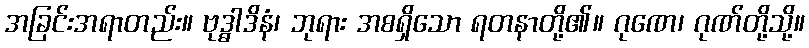
အခြင်းအရာတည်း။ ဗုဒ္ဓါဒိနံ၊ ဘုရား အစရှိသော ရတနာတို့၏။ ဂုဏေ၊ ဂုဏ်တို့သို့။